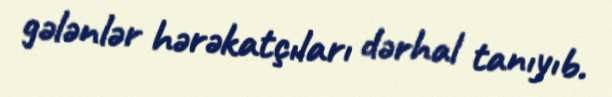
gələnlər hərəkatçıları dərhal tanıyıb.